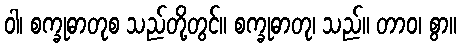
ဝါ၊ စက္ခုဓာတုစ သည်တို့တွင်။ စက္ခုဓာတု၊ သည်။ တာဝ၊ စွာ။